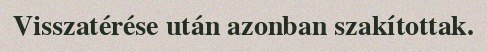
Visszatérése után azonban szakítottak.